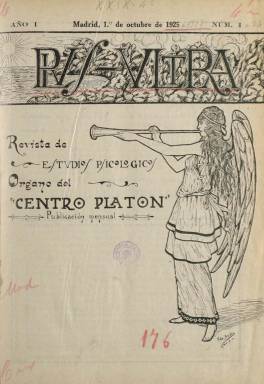
Título: Plvs-vltra (Madrid)
Otros títulos: Plus-ultra || Plus ultra
Colección: Espiritismo
Ámbito geográfico: Madrid
Lugar de publicación: Madrid
Fechas: 01/10/1925-01/09/1927

“Revista de estudios psicológicos”, de cariz netamente espiritista y órgano del Centro Platón, presidido por el médico y psicólogo Abdón Sánchez Herrero, considerado el líder espiritista madrileño de la década de los años veinte del siglo XX e hijo del catedrático y psiquiatra homónimo (1852-1904), conocido, por su parte, como el “apóstol español de la hipnología”. El primer número de esta publicación mensual aparece el uno de octubre de 1925, y es considerada por su artífice como una “hoja de propaganda” para “desbrozar el camino a seguir e indicar a los neófitos en creencias espiritistas las delicias que habrá de experimentar un alma creyente”, dirá en su presentación.

En entregas de dieciséis páginas, compuestas a dos columnas y con una cubierta ilustrada, elabora un sumario al comienzo de cada una, y publica textos divulgativos relativos al espiritismo y la religión cristiana, firmados por el citado doctor Sánchez-Herrero, que debió ser también su fundador, editor y director, y del que se publica su retrato, así como por Antonio Palmero Fernández, Juan Tebar, Fernando Sanahuja, José Aldomar, B. Andueza o Salvador Sellés, considerado el “poeta del espiritismo”, y con los seudónimos Elías y Stop, autor este de una serie titulada Nuestros poetas y el espiritualismo. También tiene una sección de Bibliografía y otra de Correspondencia, y publicará el Reglamento de la Sociedad de Estudios Psicológicos.

El Centro Platón, que estaba radicado al principio en el número 3 de la calle Duque de Alba, de Madrid, tuvo como fin el estudio del espiritismo “en lo que tiene de aplicable a la moral y al conocimiento del mundo invisible, por medio de sesiones, conferencias, lectura de obras espiritistas, cursos de enseñanza, etc.”. La última entrega de este título en la colección de la Biblioteca Nacional de España es la número 24, correspondiente a septiembre de 1927.